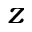
z